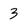
Character: 3